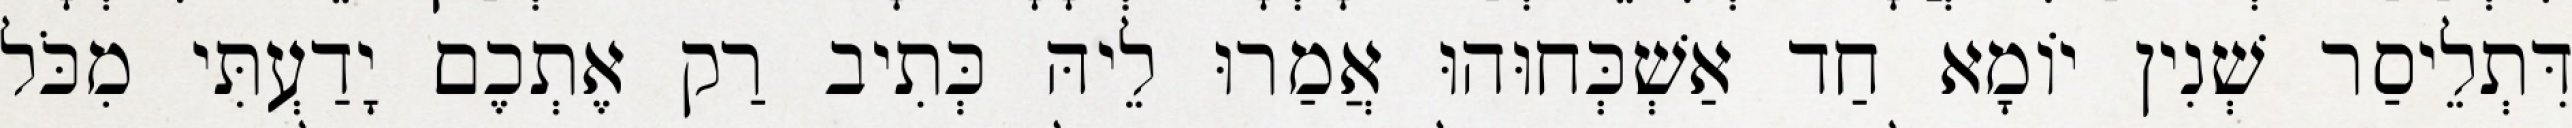
דִּתְלֵיסַר שְׁנִין יוֹמָא חַד אַשְׁכְּחוּהוּ אֲמַרוּ לֵיהּ כְּתִיב רַק אֶתְכֶם יָדַעְתִּי מִכֹּל